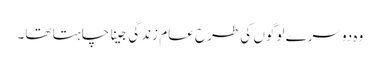
وہ دوسرے لوگوں کی طرح عام زندگی جینا چاہتا تھا۔